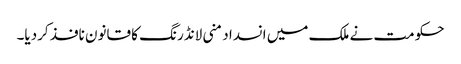
حکومت نے ملک میں انسداد منی لانڈرنگ کا قانون نافذ کردیا۔